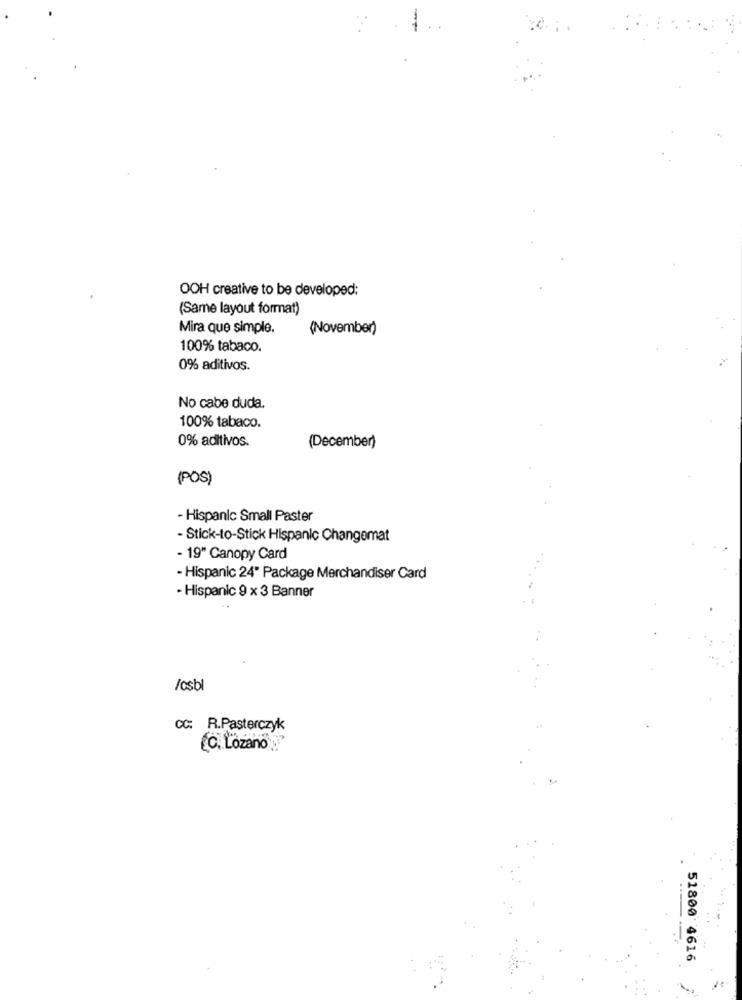
OOH creative to be developed:
(Same layout format)
Mira que simple.
(November)
100% tabaco.
0% aditivos.
No cabe duda.
100% tabaco.
0% aditivos.
(December)
(POS)
- Hispanic Small Paster
- Stick-to-Stick Hispanic Changemat
- 19" Canopy Card
- Hispanic 24" Package Merchandiser Card
- Hispanic 9 x 3 Banner
/osbl
CC: R.Pasterczyk
(C. Lozano
51800 4616